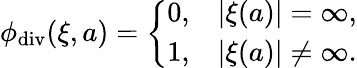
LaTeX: \phi_{\textrm{div}}(\xi,a)=\left\{ \begin{array}{ll}{0,}&{|\xi(a)|=\infty,}\\ {1,}&{|\xi(a)|\neq\infty.}\end{array}\right.